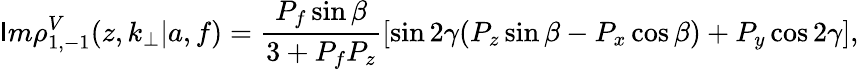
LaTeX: \mathsf{I}m\rho_{1,-1}^{V}(z,k_{\perp}|a,f)=\frac{{P_{f}\sin{\beta}}}{{3+P_{f}P_{z}}}[\sin{2\gamma}(P_{z}\sin{\beta}-P_{x}\cos{\beta})+P_{y}\cos{2\gamma}],